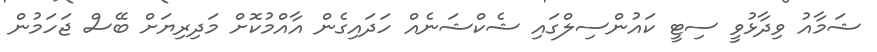
ޝަމާއު ވިދާޅުވީ ސިޓީ ކައުންސިލްގައި ޝެކްޝަނެއް ހަދައިގެން އާއްމުކޮށް މަދިރިޔަށް ބޭސް ޖަހަމުން